Annual report on the working of the lock hospitals in the North-Western Provinces and Oudh
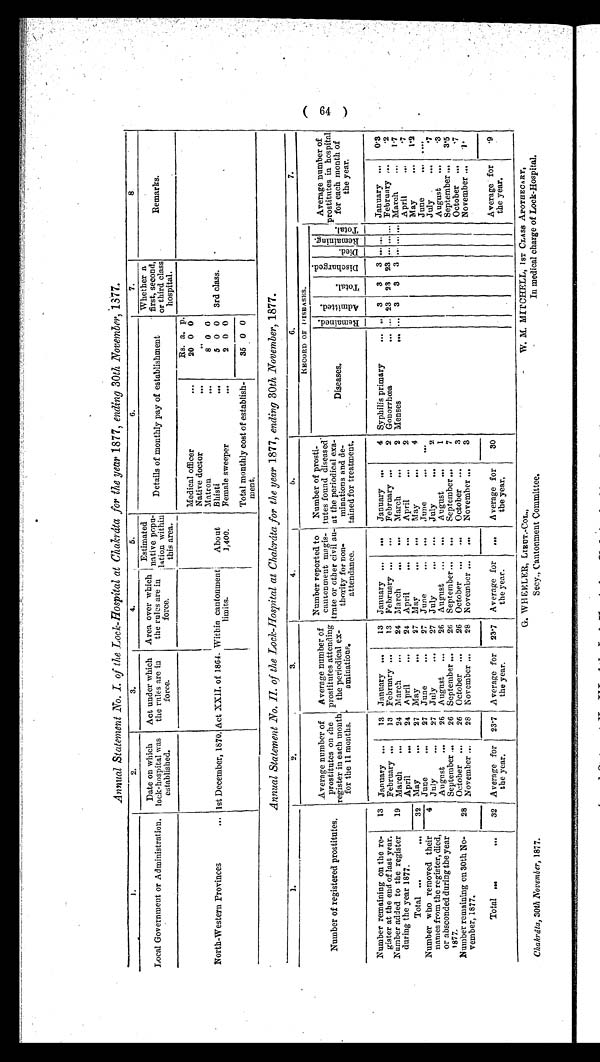
Annual Statement No. I. of the Lock-Hospital at Chakráta .for the year 1877, ending 30th _November, 1877.
L
1
2.
3.
4.
5.
6.
7.
8
Local Government or Administration,
Date on which
lock-hospital was
established .
Act under which
the rules are in
force.
Area over which
the rules are in
force.
Estimated
native p opulation-
within
this area.
Details of monthly pay of establishment
a
Whether
first, second,
or third class
hospital.
Remarks.
Rs. a. p.
Medical officer
...
20 0 0
Native doctor
. . .
. . .
Matron
...
8 0 0
North-Western Provinces
... 1st December, 1870. Act XXII. of 1864. Within cantonment
limits.
About
1,400.
Bhisti
...
5 0 0
3rd class.
Female sweeper
...
2 0 0
Total monthly cost of establish-
ment.
35 0 0
Annual Statement No. IL of the Lock-Hospital at Chakráta for the year 1877, ending 30th November, 1877.
Number of registered prostitutes,
Average number of
prostitutes on the
register the in each months
.
for 11 months.
Average number of
prostitutes attending
the amination
periodical ex-amination.
number reported t
o cantonment magis-
trate or other civil au-
thority for non
-attendance.
Number of prosti
- t u t e s f o u n d d i s e a s e d
at the periodical exa-
minations and de-
tained for treatment.
RECORD of DI SEASES.
Average number of
prostitutes in hospital
for each month of
the y ear.
Diseases.
R e m i n e d
A d m i t t e d
T o t a l
D i s c h a r g e d
D i e d
R e m a i n i n g
T o t a l
Number remaining on the re-
gister at the end of last year.
13
January ...
13 January ...
13 January ...
. . .
January ...
4 Syphilis primary
... ...
3 3 3 ... ...
January
...
0'3
February —
13 February ...
13 February ...
. . .
February ...
2 Gonorrhoea
... ... 23 23 23 ... ...... February ...
'2
Number added to the register
during the year 1877.
19 March
...
24 March
...
24 March
. . . ... March
...
2 Menses
3
3 3 .. .„ .„ March
...
1.7
April
..
24 April
...
24 April
...
...
April
2
April
...
. 7
Total ...
. . .
32 May
..... 27 May
. . . . .
27 May
...
...
May
...
4
May
..,
1 . 2
Number W ho removed their
names from the register, died
, or absconded during the
ye a r
1877
.
4 June
27 June
...
27
June
. . .
...
June
June
...
. . .
July
27
July
. .
27 July
...
...
July
. . .
2
July .
...
'7
t
August.
26 August ...
26 August
. ...
August
...
1
August
...
. 3
September ...
26 September ...
26 September ...
...
September ...
7
September ...
3.5
Number remaining on 30th No-
vember, 1877
28
October
.
26 October ...
26 October
. . .
. . .
October ...
3
October
. . .
. 7
November ...
28 N ovember
28 N ovember ...
...
November ...
3
November ...
1 .
Total ...
32 Average for
the year.
23.7
Average for
the y ear.
23 . 7 Average for
the year.
...
Average for
the year,
30
Average .f or
the year.
.9
W . M . M I T C H E L L ,
1 s T C L A S S A P O T H E C A R Y ,
Chakrata, 30th November, 1877. Secy., Cantonment Committee. In medical charge of Lock-Hospital.